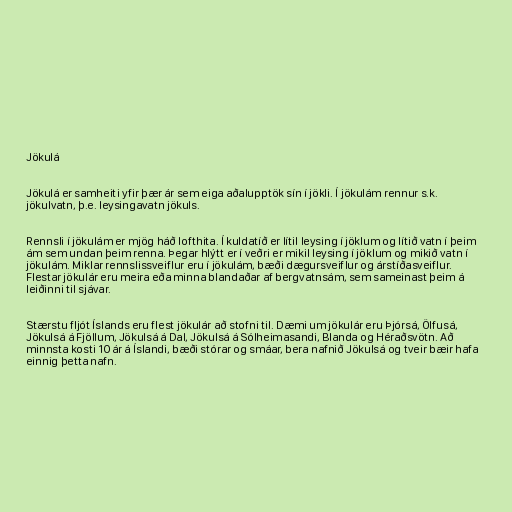
Jökulá

Jökulá er samheiti yfir þær ár sem eiga aðalupptök sín í jökli. Í jökulám rennur s.k.
jökulvatn, þ.e. leysingavatn jökuls.

Rennsli í jökulám er mjög háð lofthita. Í kuldatíð er lítil leysing í jöklum og lítið vatn í þeim
ám sem undan þeim renna. Þegar hlýtt er í veðri er mikil leysing í jöklum og mikið vatn í
jökulám. Miklar rennslissveiflur eru í jökulám, bæði dægursveiflur og árstíðasveiflur.
Flestar jökulár eru meira eða minna blandaðar af bergvatnsám, sem sameinast þeim á
leiðinni til sjávar.

Stærstu fljót Íslands eru flest jökulár að stofni til. Dæmi um jökulár eru Þjórsá, Ölfusá,
Jökulsá á Fjöllum, Jökulsá á Dal, Jökulsá á Sólheimasandi, Blanda og Héraðsvötn. Að
minnsta kosti 10 ár á Íslandi, bæði stórar og smáar, bera nafnið Jökulsá og tveir bæir hafa
einnig þetta nafn.